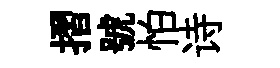
摺號怕诗